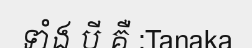
ទាំង បី គឺ :Tanaka